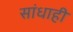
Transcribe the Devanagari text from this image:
सांधाही